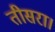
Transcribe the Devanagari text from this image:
तीसरा।